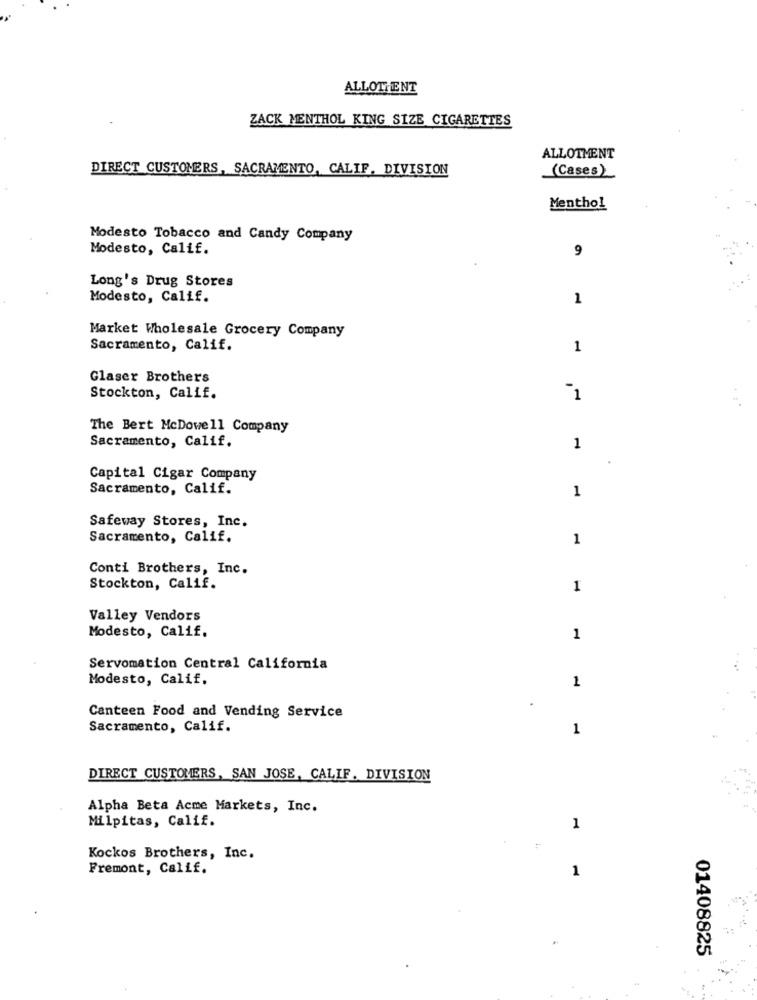
ALLOTIENT
ZACK MENTHOL KING SIZE CIGARETTES
ALLOTMENT
DIRECT CUSTOMERS, SACRAMENTO, CALIF. DIVISION
(Cases)
Menthol
Modesto Tobacco and Candy Company
Modesto, Calif.
9
Long's Drug Stores
Modesto, Calif.
1
Market Wholesale Grocery Company
Sacramento, Calif.
1
Glaser Brothers
Stockton, Calif.
1
The Bert McDowell Company
Sacramento, Calif.
1
Capital Cigar Company
Sacramento, Calif.
1
Safeway Stores, Inc.
Sacramento, Calif.
1
Conti Brothers, Inc.
Stockton, Calif.
1
Valley Vendors
Modesto, Calif.
1
Servomation Central California
Modesto, Calif.
1
Canteen Food and Vending Service
Sacramento, Calif.
1
DIRECT CUSTOMERS, SAN JOSE, CALIF. DIVISION
Alpha Beta Acme Markets, Inc.
Milpitas, Calif.
1
Kockos Brothers, Inc.
Fremont, Calif.
1
01408825